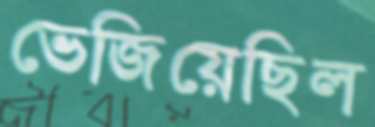
ভেজিয়েছিল